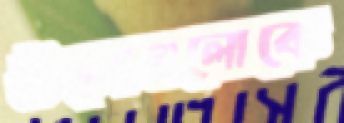
উত্সগুলোকে